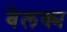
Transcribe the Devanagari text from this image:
वेलक्म